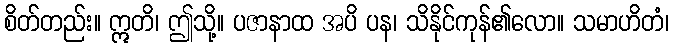
စိတ်တည်း။ ဣတိ၊ ဤသို့။ ပဇာနာထ အပိ ပန၊ သိနိုင်ကုန်၏လော။ သမာဟိတံ၊